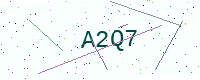
Text: A2Q7